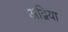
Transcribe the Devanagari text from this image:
अद्विया